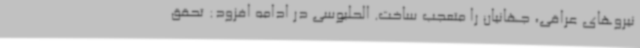
نیروهای عراقی، جهانیان را متعجب ساخت. الحلبوسی در ادامه افزود: تحقق